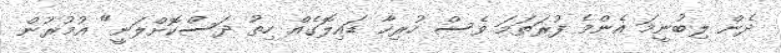
ދެން ލިބުނީމަ އެންމެ ފުރަތަމަ ވެސް ހުރިހާ ޑައިލޮގެއް ހިތު ދަސްކޮށްލަނީ" އުމުރުން